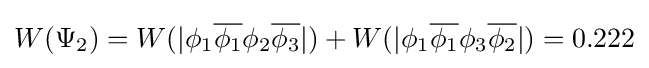
W(\Psi _{2})=W(|\phi _{1}{\overline {\phi _{1}}}\phi _{2}{\overline {\phi _{3}}}|)+W(|\phi _{1}{\overline {\phi _{1}}}\phi _{3}{\overline {\phi _{2}}}|)=0.222